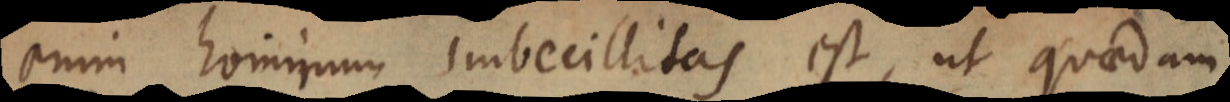
enim hominum imbecillitas est, ut quaedam